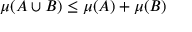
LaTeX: \mu ( A \cup B ) \leq \mu ( A ) + \mu ( B )